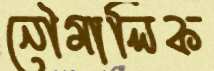
নৌমালিক